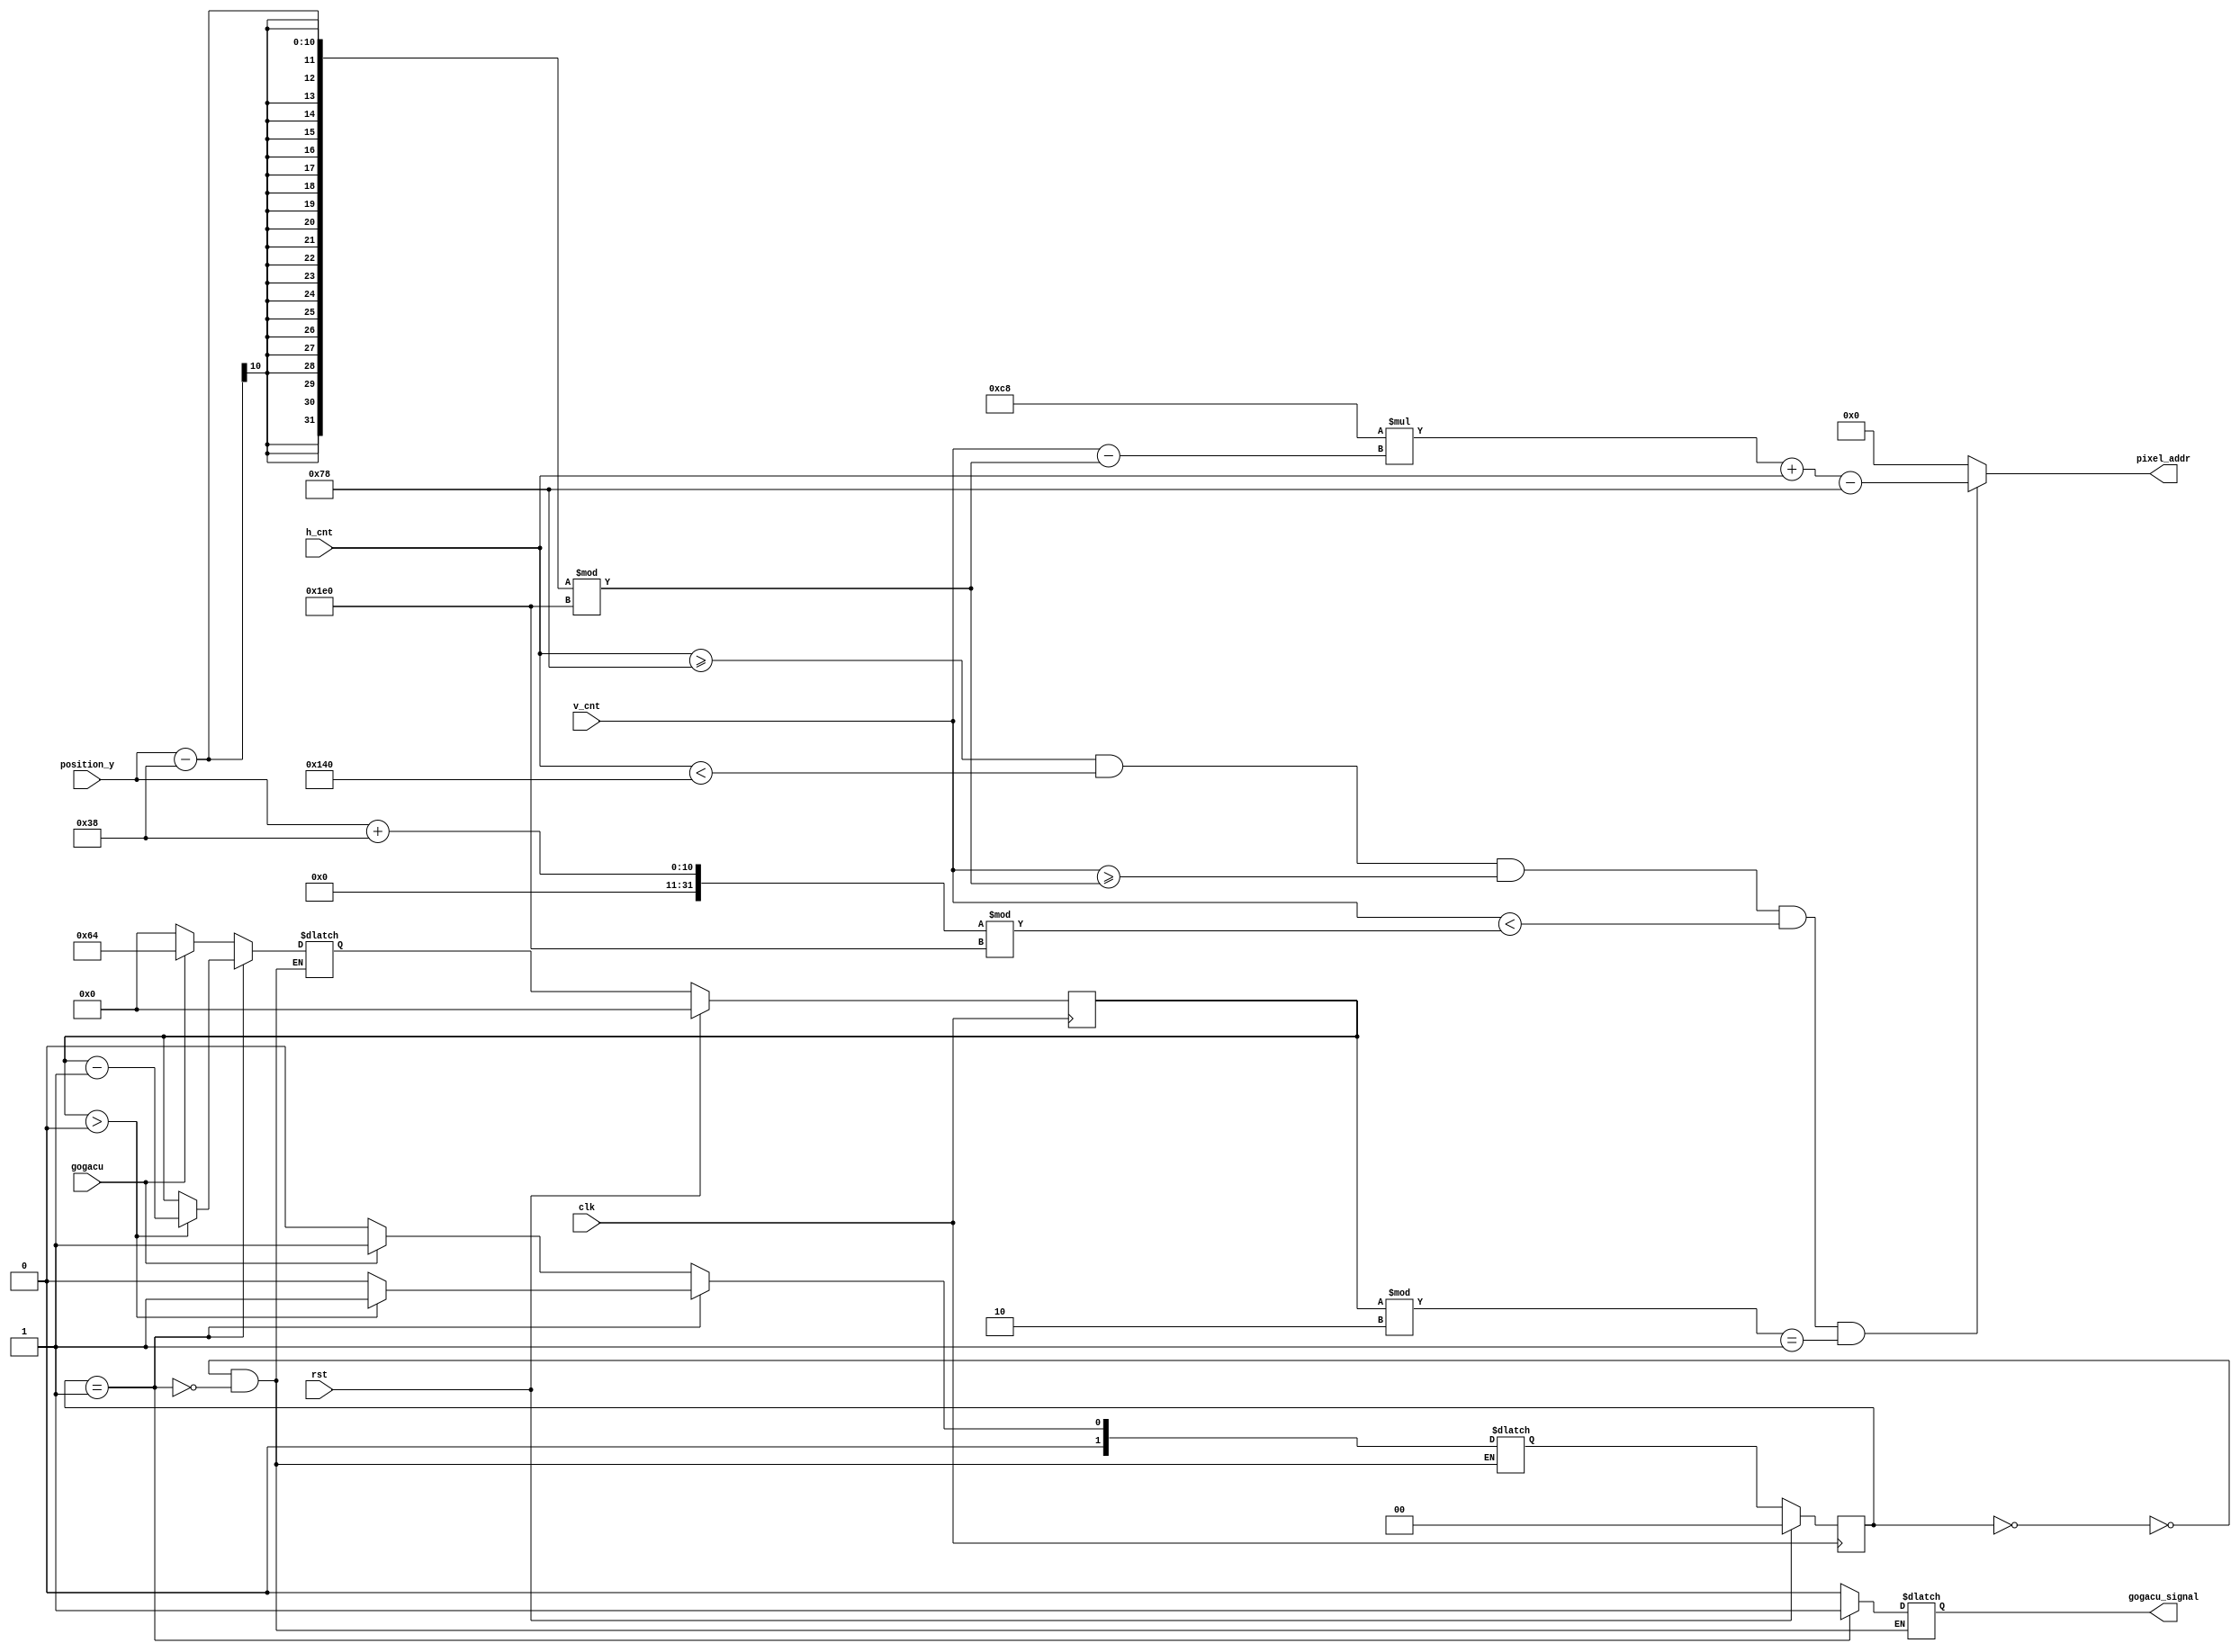
module mem_addr_gen_fireball(
   input clk,
   input rst,
   input [9:0] h_cnt,
   input [9:0] v_cnt,
   input gogacu,
   input [9:0] position_y,
   output reg [16:0] pixel_addr,
   output reg gogacu_signal
    );
    
   reg [1:0] state, next_state;
   reg [6:0] times, next_times;
   parameter WAIT = 2'b00;
   parameter FIRE = 2'b01;
   
   
   always@(posedge clk) begin
        if(rst) begin
            state <= WAIT;
            times <= 5'd0;
        end
        else begin
            state <= next_state;
            times <= next_times;
        end
   end
   
   always@(*) begin
        case(state) 
            WAIT : begin
                gogacu_signal = 1'b0;
                if(gogacu) begin
                    next_times = 9'd100;
                    next_state = FIRE;
                end
                else begin
                    next_times = 9'd0;
                    next_state = WAIT;
                end
            end
            FIRE : begin
                gogacu_signal = 1'b1;
                if(times > 1'b0) begin
                    next_times = times - 1'b1;
                    next_state = FIRE;
                end
                else begin
                    next_times = times;
                    next_state = WAIT;
                end
            end
        endcase
   end
   
   always@(*) begin
        if(h_cnt >= 120 && h_cnt < 320 && v_cnt >= ((position_y - 56) % 480) && v_cnt < ((position_y + 56) % 480) && (times % 9'd2 == 1'b1))
            pixel_addr = (200 * (v_cnt - ((position_y - 56) % 480)) + h_cnt - 9'd120 );
        else
            pixel_addr = 16'b0;
      end


endmodule